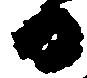
日